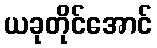
ယခုတိုင်အောင်